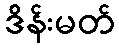
ဒိန်းမတ်